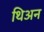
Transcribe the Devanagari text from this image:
थिअन